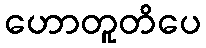
ဟောတူတိပေ